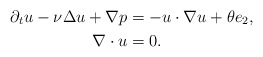
\begin{align*}\partial_{t}u-\nu\Delta u+\nabla p & =-u\cdot\nabla u+\theta e_{2},\\\nabla\cdot u & =0.\end{align*}